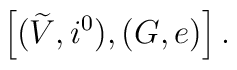
\left[(\widetilde{V}, i^0), (G, e)\right].